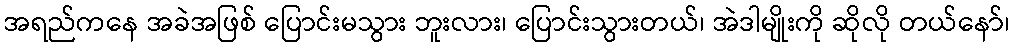
အရည်ကနေ အခဲအဖြစ် ပြောင်းမသွား ဘူးလား၊ ပြောင်းသွားတယ်၊ အဲဒါမျိုးကို ဆိုလို တယ်နော်၊